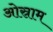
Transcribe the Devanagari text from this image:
ओस्राम